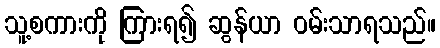
သူ့စကားကို ကြားရ၍ ဆွန်ယာ ဝမ်းသာရသည်။